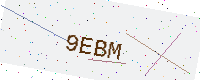
Text: 9EBM